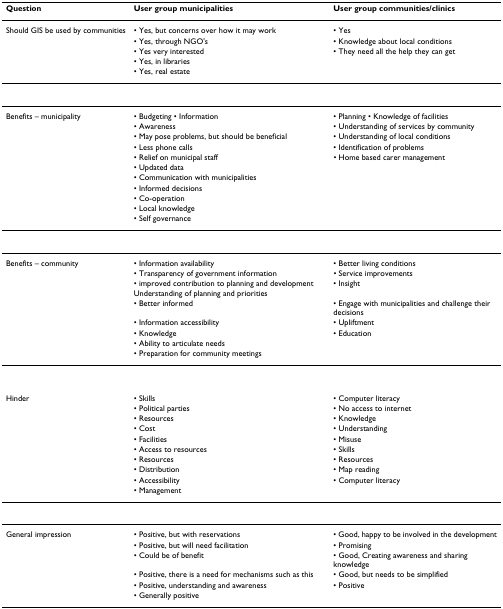
| Question | User group municipalities | User group communities/clinics |
 | --- | --- | --- |
 | Should GIS be used by communities | • Yes, but concerns over how it may work | • Yes |
 |  | • Yes, through NGO's | • Knowledge about local conditions |
 |  | • Yes very interested | • They need all the help they can get |
 |  | • Yes, in libraries |  |
 |  | • Yes, real estate |  |
 | Benefits – municipality | • Budgeting • Information | • Planning • Knowledge of facilities |
 |  | • Awareness | • Understanding of services by community |
 |  | • May pose problems, but should be beneficial | • Understanding of local conditions |
 |  | • Less phone calls | • Identification of problems |
 |  | • Relief on municipal staff | • Home based carer management |
 |  | • Updated data |  |
 |  | • Communication with municipalities |  |
 |  | • Informed decisions |  |
 |  | • Co-operation |  |
 |  | • Local knowledge |  |
 |  | • Self governance |  |
 | Benefits – community | • Information availability | • Better living conditions |
 |  | • Transparency of government information | • Service improvements |
 |  | • improved contribution to planning and development Understanding of planning and priorities | • Insight |
 |  | • Better informed | • Engage with municipalities and challenge their decisions |
 |  | • Information accessibility | • Upliftment |
 |  | • Knowledge | • Education |
 |  | • Ability to articulate needs |  |
 |  | • Preparation for community meetings |  |
 | Hinder | • Skills | • Computer literacy |
 |  | • Political parties | • No access to internet |
 |  | • Resources | • Knowledge |
 |  | • Cost | • Understanding |
 |  | • Facilities | • Misuse |
 |  | • Access to resources | • Skills |
 |  | • Resources | • Resources |
 |  | • Distribution | • Map reading |
 |  | • Accessibility | • Computer literacy |
 |  | • Management |  |
 | General impression | • Positive, but with reservations | • Good, happy to be involved in the development |
 |  | • Positive, but will need facilitation | • Promising |
 |  | • Could be of benefit | • Good, Creating awareness and sharing knowledge |
 |  | • Positive, there is a need for mechanisms such as this | • Good, but needs to be simplified |
 |  | • Positive, understanding and awareness | • Positive |
 |  | • Generally positive |  |